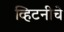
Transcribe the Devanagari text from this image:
व्हिटनीचे